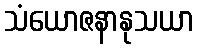
သံယောဇနာနုသယာ